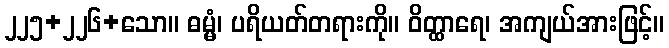
၂၂၅+၂၂၆+သော။ ဓမ္မံ၊ ပရိယတ်တရားကို။ ဝိတ္ထာရေ၊ အကျယ်အားဖြင့်။